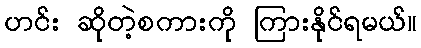
ဟင်း ဆိုတဲ့စကားကို ကြားနိုင်ရမယ်။